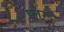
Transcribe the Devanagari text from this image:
प्लग्ड